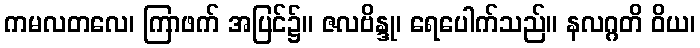
ကမလတလေ၊ ကြာဖက် အပြင်၌။ ဇလဗိန္ဒု၊ ရေပေါက်သည်။ နလဂ္ဂတိ ဝိယ၊